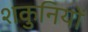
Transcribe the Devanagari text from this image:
शकुनियों